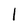
Character: l